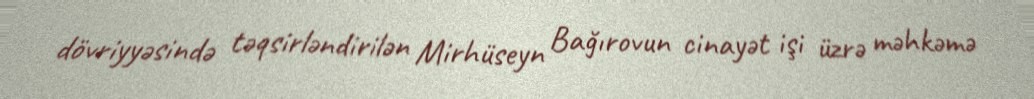
dövriyyəsində təqsirləndirilən Mirhüseyn Bağırovun cinayət işi üzrə məhkəmə